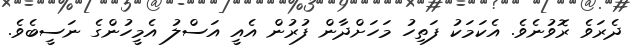
ދެރަވެ ރޮވުނެވެ. އެކަމަކު ފަތިހު މަހަށްދާން ފުރުން އެއީ އަސްލު އެމީހުންގެ ނަސީބެވެެ.